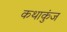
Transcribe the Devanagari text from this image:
कथाकुंज